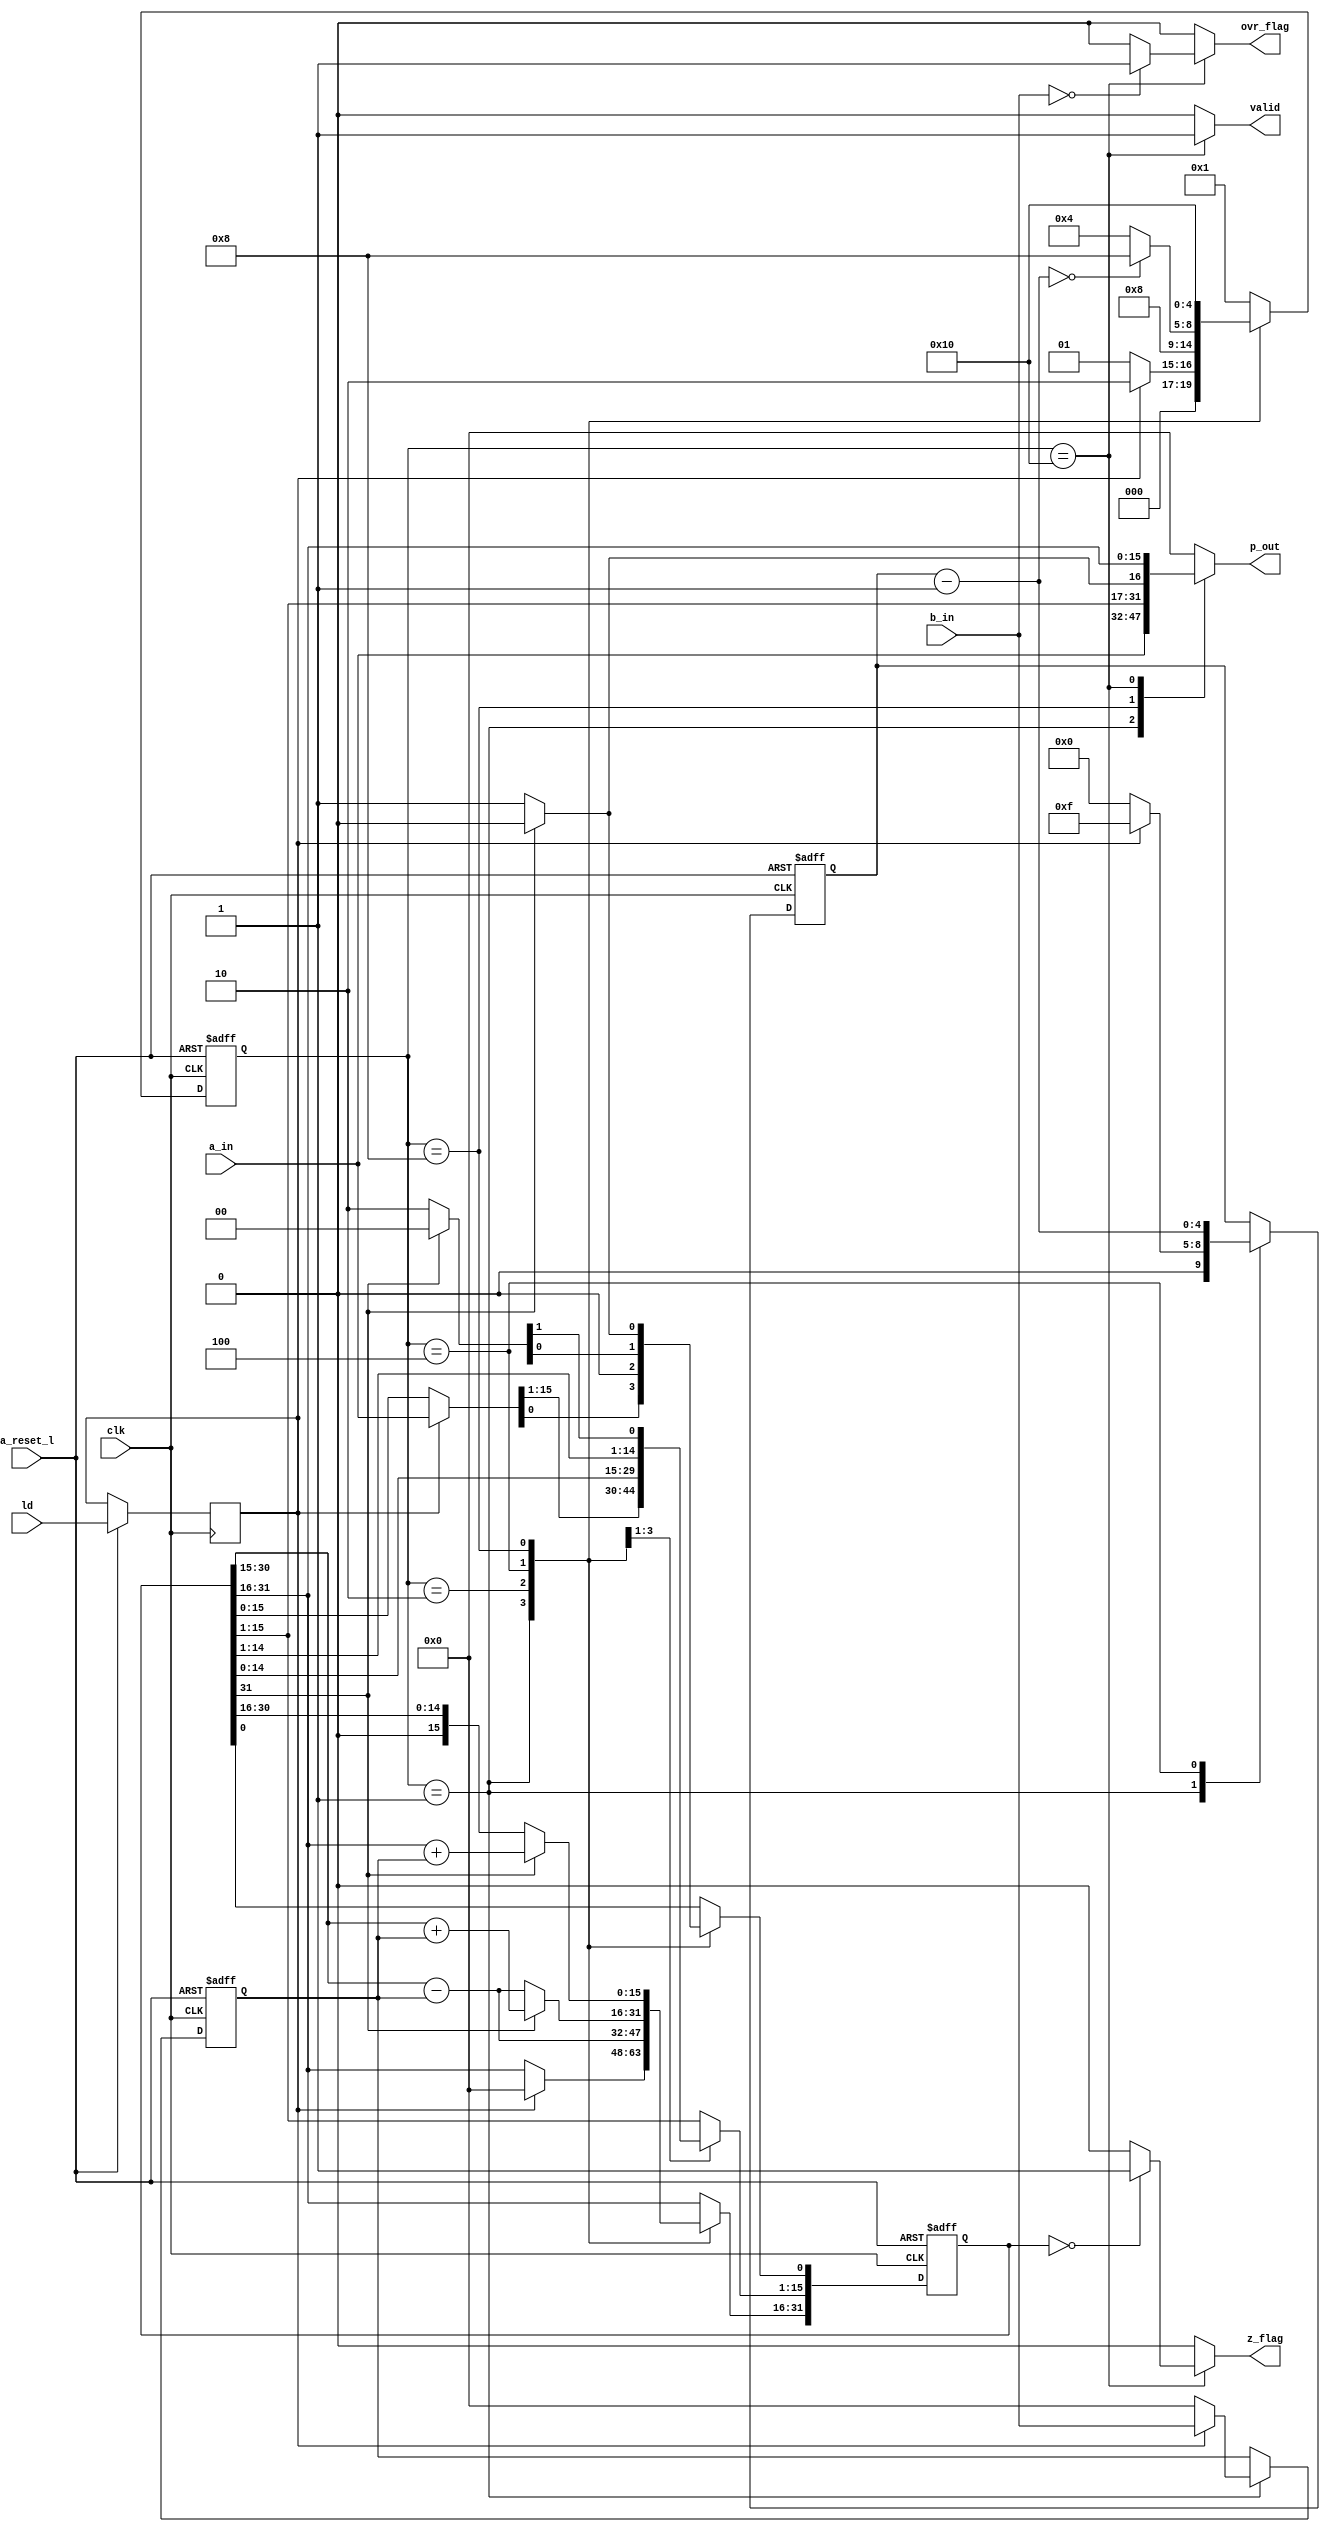
module alu_div (
	a_in,	// divided 
	b_in,	// divisor
	clk,
	a_reset_l,
	ld,	
	p_out,
	valid,
	z_flag,
	ovr_flag
);
	parameter data_wl	= 16;
	parameter op_wl 	= 8;

	input	[data_wl-1:0] 	a_in; // divided 
	input	[data_wl-1:0]	b_in; // divisor
	
	input	clk;
	input	a_reset_l;
	input	ld;
	output 	[data_wl-1:0]	p_out;
	output	valid;
	output	z_flag;
	output	ovr_flag;
	
	reg		[data_wl-1:0]	m_reg, nxt_m_reg, cm_reg, nxt_cm_reg; 	// true/complement divisor (B resp. M)
	reg 	[2*data_wl-1:0]	rd_reg, nxt_rd_reg;		        // remainder dividend/quotient reg
	reg		[data_wl-1:0]	p_out_reg;
	
	reg 					ld_reg;
	reg						valid_reg, nxt_valid_reg;
	reg 					z_flag_reg;
	reg 					ovr_flag_reg;
	reg		[4:0] 			cnt, nxt_cnt;
	
	localparam [4:0]
   	IDLE  = 5'b00001,
	SUB1  = 5'b00010,
   	ADD1  = 5'b00100,
	ADD2  = 5'b01000,
	OUTP  = 5'b10000;
	reg [4:0] current_state, nxt_state;
	
	always @(posedge clk or negedge a_reset_l)
	begin
		if (a_reset_l == 1'b0)
			begin
				current_state <= IDLE;
				m_reg	<= 'b0;
				cm_reg	<= 'b0;
				rd_reg  <= 'b0;
				cnt  	<= 'b0;
				//ld_reg	<= 'b0;

			end
		else
			begin
				current_state <= nxt_state;
				
				m_reg	<= nxt_m_reg;
				cm_reg	<= nxt_cm_reg;
				rd_reg  <= nxt_rd_reg;
				cnt 	<= nxt_cnt;
				ld_reg	<= ld;

			end
	end

   	always @(*)
	begin	
		p_out_reg 	= 'b0;
		valid_reg 	= 1'b0;
		nxt_m_reg	= m_reg;
		nxt_cm_reg 	= cm_reg;
		nxt_rd_reg 	= rd_reg;
		nxt_state	= current_state;
		nxt_cnt 	= cnt;
		z_flag_reg   = 'b0;
		ovr_flag_reg = 'b0;
		
		case (current_state)
			IDLE:
				begin	
				p_out_reg 	= a_in;				
			  		if(ld_reg == 1'b1)
					//if(ld == 1'b1)
						begin
							nxt_rd_reg 	= 'b0;
							nxt_rd_reg[data_wl-1:0] = a_in;	// capture input
							nxt_m_reg	= b_in;
							nxt_cm_reg 	= (~b_in-1);
							nxt_cnt    	= data_wl-1;
							nxt_state 	= SUB1;

						end
					else
						begin
							nxt_rd_reg 	= rd_reg ;
						
							nxt_m_reg  	= 'b0;
							nxt_cm_reg 	= 'b0;
							nxt_cnt    	= 'b0;
							nxt_state  	= IDLE;	// stay in current state
		
							end	
				end
			SUB1:
				begin
					nxt_rd_reg = nxt_rd_reg << 1;
					nxt_rd_reg[2*data_wl-1:data_wl]  = nxt_rd_reg[2*data_wl-1:data_wl] - m_reg;
					nxt_state  = ADD1;
				end	
				
			ADD1:
				begin
					if(rd_reg[2*data_wl-1]  == 1'b1 ) 
						begin
							nxt_rd_reg[0] = 1'b0;
							nxt_rd_reg = nxt_rd_reg << 1;
							nxt_rd_reg[2*data_wl-1:data_wl] = nxt_rd_reg[2*data_wl-1:data_wl] + m_reg;
							
						end
					else
						begin
							nxt_rd_reg[0] = 1'b1;
							nxt_rd_reg = nxt_rd_reg << 1;
							nxt_rd_reg[2*data_wl-1:data_wl] = nxt_rd_reg[2*data_wl-1:data_wl] - m_reg;
						end
						
					nxt_cnt = cnt - 1;
					if(nxt_cnt == 0)
						nxt_state = ADD2;
					else
						nxt_state = ADD1;
					
				end
			ADD2:
				begin
					
					if(rd_reg[2*data_wl-1]  == 1'b1 ) 
						begin
							nxt_rd_reg[0] = 1'b0;
							nxt_rd_reg[2*data_wl-1:data_wl] = nxt_rd_reg[2*data_wl-1:data_wl] + m_reg;
						end
					else
						begin
							nxt_rd_reg[0] = 1'b1;
						end
						
					p_out_reg = nxt_rd_reg[data_wl-1:0];
					valid_reg = 1'b0;	
					//valid_reg = 1'b1;				
					nxt_state = OUTP;
				end
			OUTP:
				
				begin
					valid_reg = 1'b1;
					if (rd_reg == 0)
						z_flag_reg = 1'b1;	
					else
						z_flag_reg = 1'b0;	
						
					if(b_in == 0)
						ovr_flag_reg 	= 1'b1;
					else
						ovr_flag_reg 	= 1'b0;
						
					p_out_reg = rd_reg[2*data_wl-1:data_wl];
					valid_reg = 1'b1;	
					//valid_reg = 1'b0;	
					nxt_state = IDLE;
				end
				
			//Correction hal simulation
			default
				begin
					p_out_reg 	= 'b0;
					valid_reg 	= 1'b0;
					nxt_m_reg	= m_reg;
					nxt_cm_reg 	= cm_reg;
					nxt_state 	= IDLE;
				
				end
			
		endcase
	end //always
	
	assign p_out = p_out_reg;
	assign valid = valid_reg;
	assign z_flag = z_flag_reg;
	assign ovr_flag = ovr_flag_reg;
	
endmodule